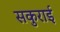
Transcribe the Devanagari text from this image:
सकुराई